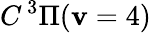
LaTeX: C\, {}^{3}\Pi(\mathbf{v}=4)